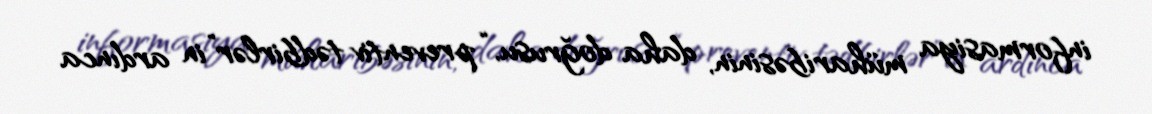
informasiya müharibəsinin, daha doğrusu, “preventiv tədbirlər”in ardınca